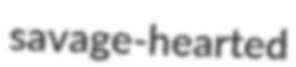
savage-hearted